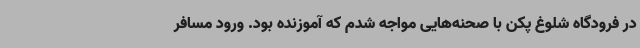
در فرودگاه شلوغ پکن با صحنه‌هایی مواجه شدم که آموزنده بود. ورود مسافر